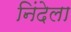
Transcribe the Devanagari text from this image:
निंदेला